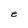
Character: e